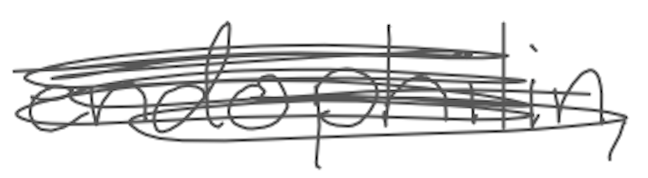
Text: endophilin,
Cross-out: scratch
Writing tool: digital_gray